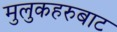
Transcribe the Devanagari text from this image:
मुलुकहरुबाट